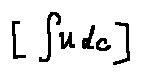
[ \int u d c ]